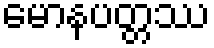
မောနပတ္တဿ